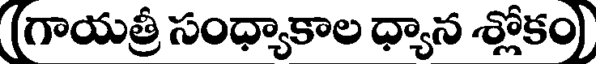
(గాయత్రీ సంధ్యాకాల ధ్యాన శ్లోకం)